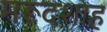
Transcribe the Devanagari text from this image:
मरूदशाह